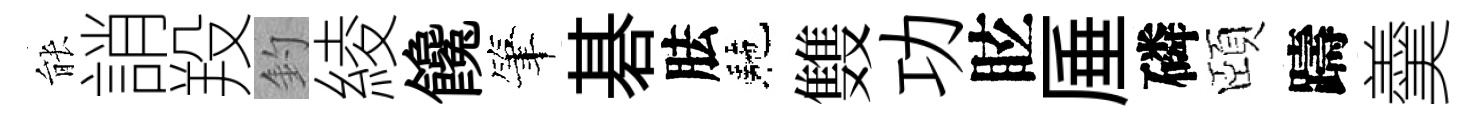
䏻誚羖釣綾饞筆碁胠駰䨇功眩厜磷頤躊羹